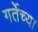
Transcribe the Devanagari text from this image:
गर्तेच्या